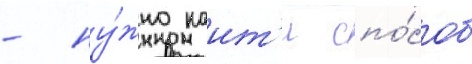
- ну́жно наит'и спо́соб